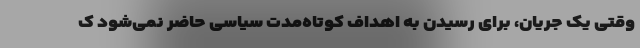
وقتی یک جریان، برای رسیدن به اهداف کوتاه‌مدت سیاسی حاضر نمی‌شود ک